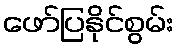
ဖော်ပြနိုင်စွမ်း